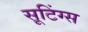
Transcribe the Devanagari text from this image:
सूटिंग्स